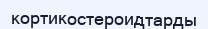
кортикостероидтарды